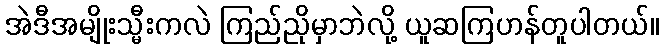
အဲဒီအမျိုးသ္မီးကလဲ ကြည်ညိုမှာဘဲလို့ ယူဆကြဟန်တူပါတယ်။